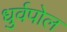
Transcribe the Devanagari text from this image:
धुर्वपोल